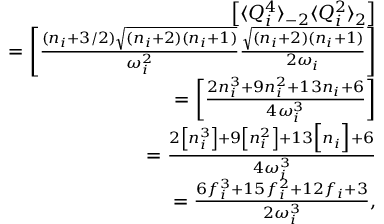
\begin{array} { r l r } & { } & { \left[ \langle Q _ { i } ^ { 4 } \rangle _ { - 2 } \langle Q _ { i } ^ { 2 } \rangle _ { 2 } \right] } \\ & { } & { = \left[ \frac { ( n _ { i } + 3 / 2 ) \sqrt { ( n _ { i } + 2 ) ( n _ { i } + 1 ) } } { \omega _ { i } ^ { 2 } } \frac { \sqrt { ( n _ { i } + 2 ) ( n _ { i } + 1 ) } } { 2 \omega _ { i } } \right] } \\ & { } & { = \left[ \frac { 2 n _ { i } ^ { 3 } + 9 n _ { i } ^ { 2 } + 1 3 n _ { i } + 6 } { 4 \omega _ { i } ^ { 3 } } \right] } \\ & { } & { = \frac { 2 \left[ n _ { i } ^ { 3 } \right] + 9 \left[ n _ { i } ^ { 2 } \right] + 1 3 \Big [ n _ { i } \Big ] + 6 } { 4 \omega _ { i } ^ { 3 } } } \\ & { } & { = \frac { 6 f _ { i } ^ { 3 } + 1 5 f _ { i } ^ { 2 } + 1 2 f _ { i } + 3 } { 2 \omega _ { i } ^ { 3 } } , } \end{array}